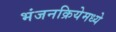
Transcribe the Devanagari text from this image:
भंजनक्रियेमध्ये